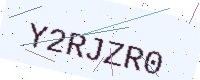
Text: Y2RJZR0